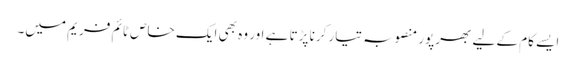
ایسے کام کے لیے بھرپور منصوبہ تیار کرنا پڑتا ہے اور وہ بھی ایک خاص ٹائم فریم میں۔